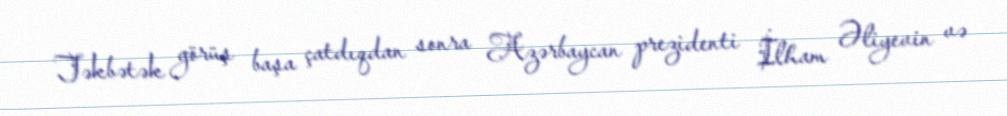
Təkbətək görüş başa çatdıqdan sonra Azərbaycan prezidenti İlham Əliyevin və